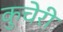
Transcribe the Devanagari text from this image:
कुचेरी